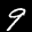
Label: 9